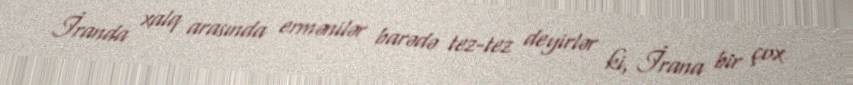
İranda xalq arasında ermənilər barədə tez-tez deyirlər ki, İrana bir çox